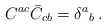
\begin{align*}C^{ac}\bar C_{cb}=\delta^a{}_b \, .\end{align*}